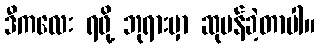
ဒီကလေး ရဖို့ ဘုရားမှာ ဆုပန်ခဲ့တာပါ။